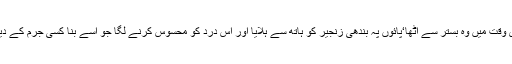
آخری وقت میں وہ بستر سے اٹھا‘پائوں پہ بندھی زنجیر کو ہاتھ سے ہلایا اور اس درد کو محسوس کرنے لگا جو اسے بنا کسی جرم کے دیا گیا۔